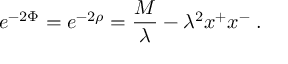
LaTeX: e ^ { - 2 \Phi } = e ^ { - 2 \rho } = { \frac { M } { \lambda } } - \lambda ^ { 2 } x ^ { + } x ^ { - } \; .